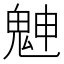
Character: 䰠